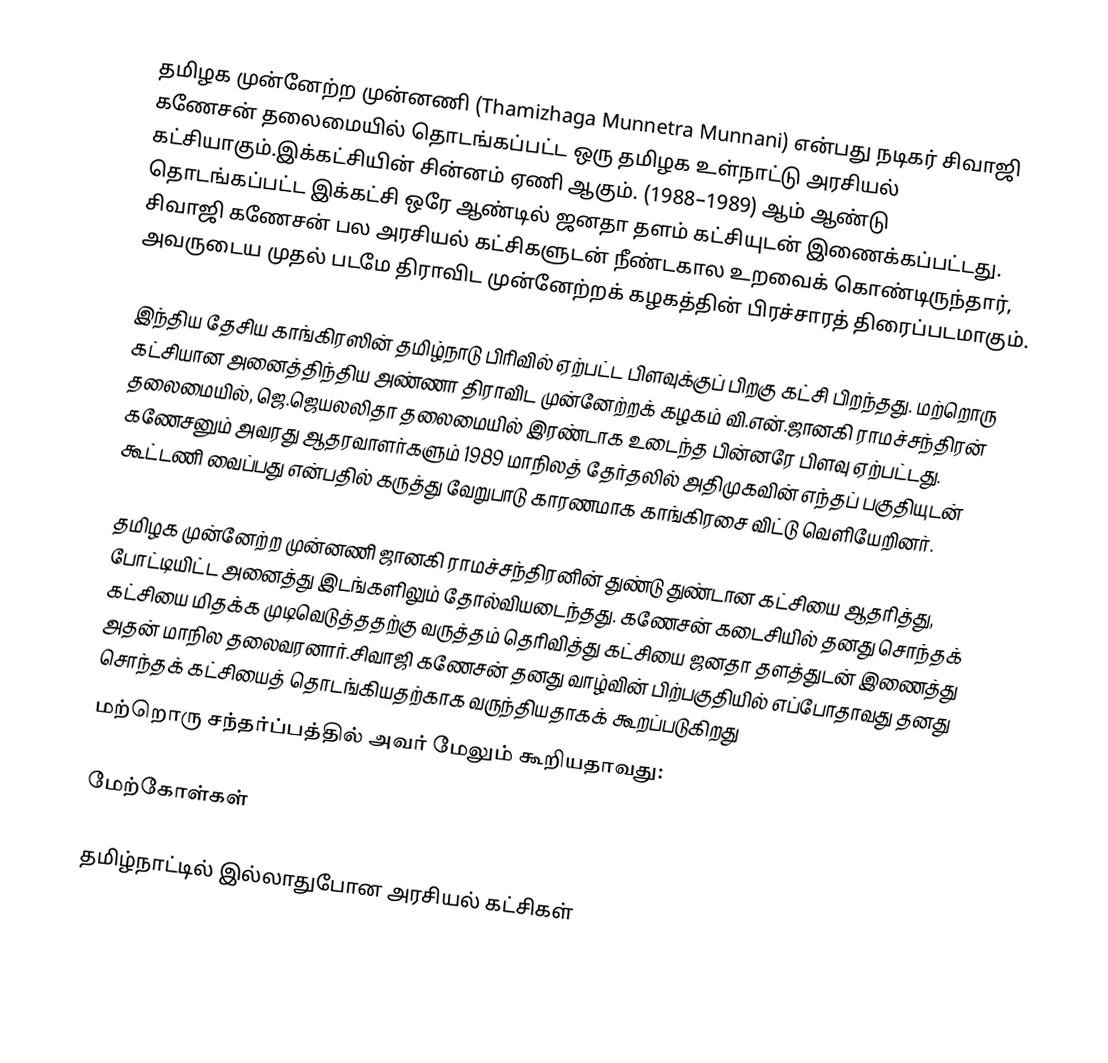
தமிழக முன்னேற்ற முன்னணி (Thamizhaga Munnetra Munnani) என்பது நடிகர் சிவாஜி கணேசன் தலைமையில் தொடங்கப்பட்ட ஒரு தமிழக உள்நாட்டு அரசியல் கட்சியாகும்.இக்கட்சியின் சின்னம் ஏணி ஆகும். (1988–1989) ஆம் ஆண்டு தொடங்கப்பட்ட இக்கட்சி ஒரே ஆண்டில் ஜனதா தளம் கட்சியுடன் இணைக்கப்பட்டது. சிவாஜி கணேசன் பல அரசியல் கட்சிகளுடன் நீண்டகால உறவைக் கொண்டிருந்தார், அவருடைய முதல் படமே திராவிட முன்னேற்றக் கழகத்தின் பிரச்சாரத் திரைப்படமாகும்.

இந்திய தேசிய காங்கிரஸின் தமிழ்நாடு பிரிவில் ஏற்பட்ட பிளவுக்குப் பிறகு கட்சி பிறந்தது.  மற்றொரு கட்சியான அனைத்திந்திய அண்ணா திராவிட முன்னேற்றக் கழகம் வி.என்.ஜானகி ராமச்சந்திரன் தலைமையில், ஜெ.ஜெயலலிதா தலைமையில் இரண்டாக உடைந்த பின்னரே பிளவு ஏற்பட்டது.  கணேசனும் அவரது ஆதரவாளர்களும் 1989 மாநிலத் தேர்தலில் அதிமுகவின் எந்தப் பகுதியுடன் கூட்டணி வைப்பது என்பதில் கருத்து வேறுபாடு காரணமாக காங்கிரசை விட்டு வெளியேறினர்.

தமிழக முன்னேற்ற முன்னணி ஜானகி ராமச்சந்திரனின் துண்டு துண்டான கட்சியை ஆதரித்து, போட்டியிட்ட அனைத்து இடங்களிலும் தோல்வியடைந்தது.  கணேசன் கடைசியில் தனது சொந்தக் கட்சியை மிதக்க முடிவெடுத்ததற்கு வருத்தம் தெரிவித்து கட்சியை ஜனதா தளத்துடன் இணைத்து அதன் மாநில தலைவரனார்.சிவாஜி கணேசன் தனது வாழ்வின் பிற்பகுதியில் எப்போதாவது தனது சொந்தக் கட்சியைத் தொடங்கியதற்காக வருந்தியதாகக் கூறப்படுகிறது
மற்றொரு சந்தர்ப்பத்தில் அவர் மேலும் கூறியதாவது:

மேற்கோள்கள்

தமிழ்நாட்டில் இல்லாதுபோன அரசியல் கட்சிகள்